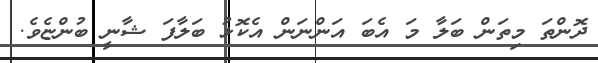
ދޮންތަ މިތަން ބަލާ މަ އެބަ އަންނަން އެކޮޅު ބަލާފަ ޝާނީ ބުންޏެވެ.